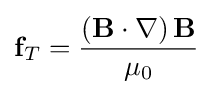
\mathbf {f} _{T}={\frac {\left(\mathbf {B} \cdot \nabla \right)\mathbf {B} }{\mu _{0}}}